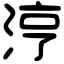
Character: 涥